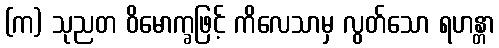
(က) သုညတ ဝိမောက္ခဖြင့် ကိလေသာမှ လွတ်သော ရဟန္တာ